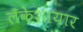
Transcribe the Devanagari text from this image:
लँकेशायार